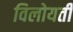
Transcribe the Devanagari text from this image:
विलोयती